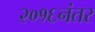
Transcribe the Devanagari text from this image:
२०१६नंतर